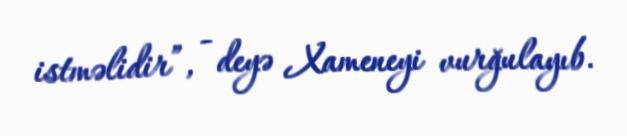
istməlidir”, - deyə Xameneyi vurğulayıb.